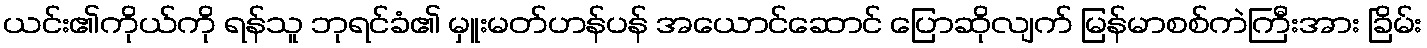
ယင်း၏ကိုယ်ကို ရန်သူ ဘုရင်ခံ၏ မှူးမတ်ဟန်ပန် အယောင်ဆောင် ပြောဆိုလျက် မြန်မာစစ်ကဲကြီးအား ခြိမ်း